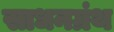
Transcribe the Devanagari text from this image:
साधनग्रंथ